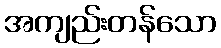
အကျည်းတန်သော